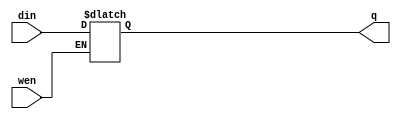
module abhash_6tsram(din,wen,q);
input din, wen; //din->input data; wen->word line enable
output reg q;
always @(din, wen) begin
	if(wen==1'b1) 	
		q = din;
end
endmodule